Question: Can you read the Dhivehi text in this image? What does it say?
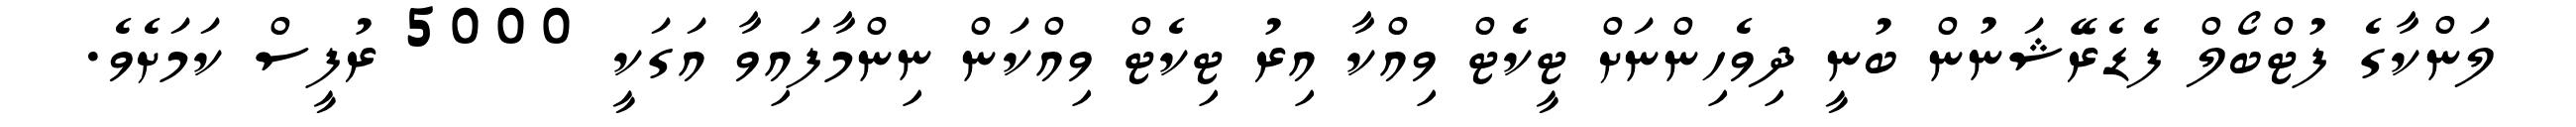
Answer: ލަންކާގެ ފުޓްބޯލް ފެޑެރޭޝަނުން ބުނީ ދިވެހިންނަށް ޓީކެޓް ވިއްކާ އިރު ޓިކެޓް ވިއްކަން ނިންމާފައިވާ އަގަކީ 5000 ރުފީސް ކަމަށެވެ.